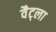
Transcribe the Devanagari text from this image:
वैट्ला